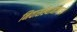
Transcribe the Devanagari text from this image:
निवासस्थानांमध्ये